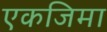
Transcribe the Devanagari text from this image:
एकजिमा